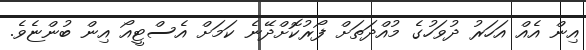
އިން އެއް އަހަރު ދުވަހުގެ މުއްދަތަށް ފޯރުކޮށްދޭނެ ކަމަށް އެސްޓީއޯ އިން ބުންޏެވެ.